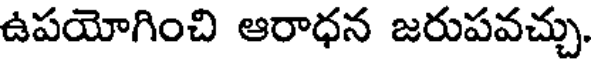
ఉపయోగించి ఆరాధన జరుపవచ్చు.